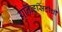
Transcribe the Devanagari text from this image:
युनिव्हर्सिटीची